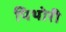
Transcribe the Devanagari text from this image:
पिथोरी